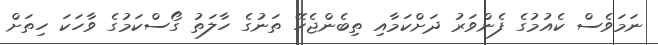
ނަމަވެސް ކެއުމުގެ ފެންވަރު ދަށްކަމާއި ތިބެންޖެހޭ ތަނުގެ ހާލަތު ގޯސްކަމުގެ ވާހަކަ ހިތަށް